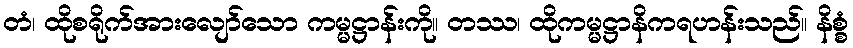
တံ၊ ထိုစရိုက်အားလျော်သော ကမ္မဋ္ဌာန်းကို။ တဿ၊ ထိုကမ္မဋ္ဌာနိကရဟန်းသည်။ နိစ္စံ